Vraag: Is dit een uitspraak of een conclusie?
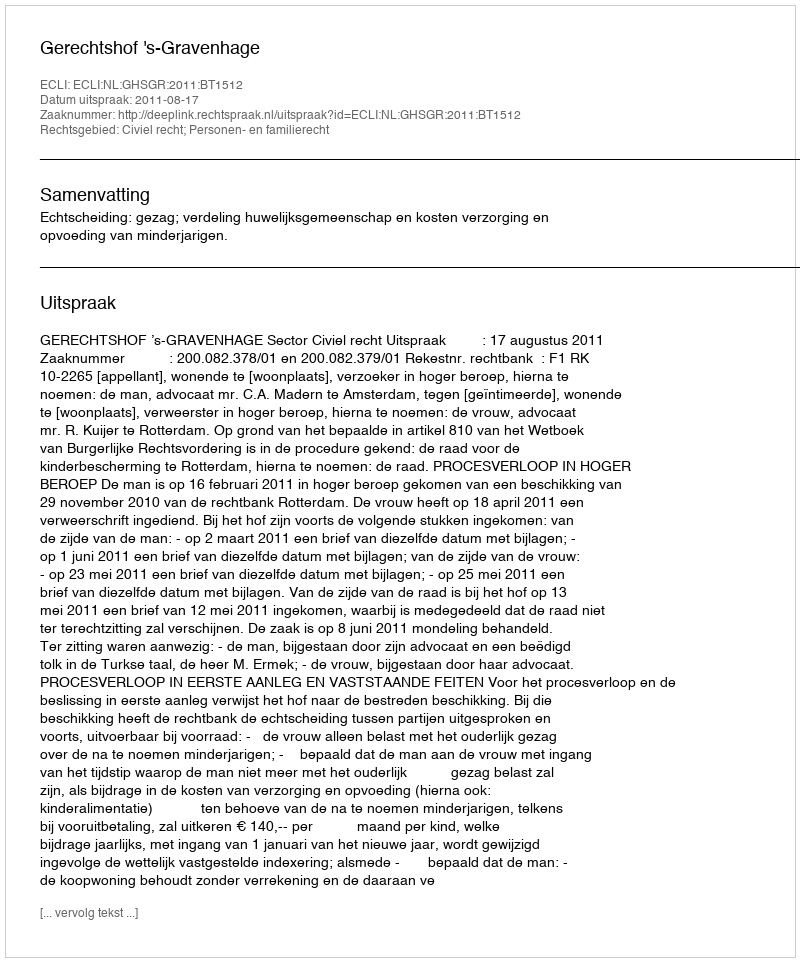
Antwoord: Uitspraak